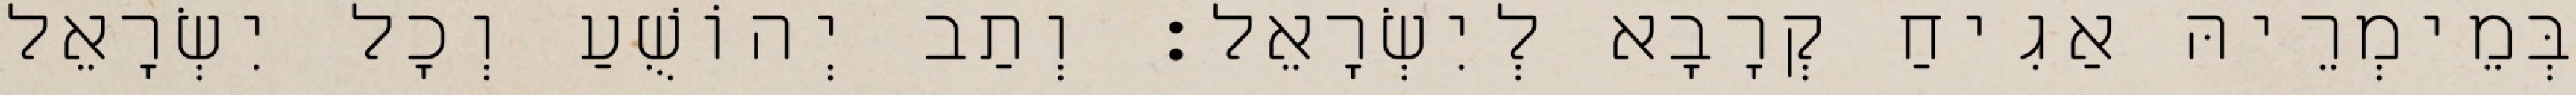
בְּמֵימְרֵיהּ אַגִיחַ קְרָבָא לְיִשְׂרָאֵל׃ וְתַב יְהוֹשֻׁעַ וְכָל יִשְׂרָאֵל